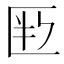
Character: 𠤶